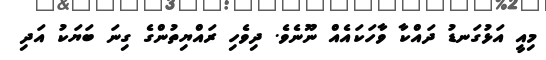
މިއީ އަޅުގަނޑު ދައްކާ ވާހަކައެއް ނޫނެވެ. ދިވެހި ރައްޔިތުންގެ ގިނަ ބަޔަކު އަދި